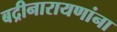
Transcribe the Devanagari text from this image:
बद्रीनारायणांना